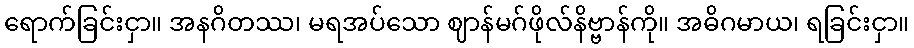
ရောက်ခြင်းငှာ။ အနဂိတဿ၊ မရအပ်သော ဈာန်မဂ်ဖိုလ်နိဗ္ဗာန်ကို။ အဓိဂမာယ၊ ရခြင်းငှာ။